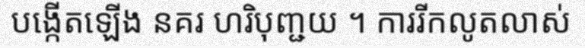
បង្កើតឡើង នគរ ហរិបុញ្ជយ ។ ការរីកលូតលាស់